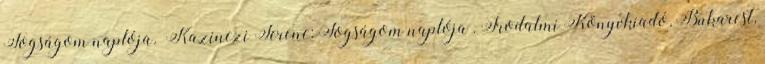
Fogságom naplója. Kazinczi Ferenc: Fogságom naplója . Irodalmi Könyvkiadó, Bukarest,